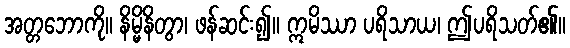
အတ္တဘောကို။ နိမ္မိနိတွာ၊ ဖန်ဆင်း၍။ ဣမိဿာ ပရိသာယ၊ ဤပရိသတ်၏။